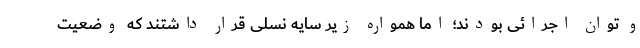
و توان اجرائی بودند؛ اما همواره زیر سایه نسلی قرار داشتند که وضعیت